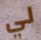
لي